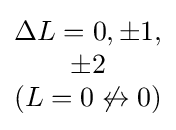
{\begin{matrix}\Delta L=0,\pm 1,\\\pm 2\\(L=0\not \leftrightarrow 0)\end{matrix}}